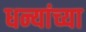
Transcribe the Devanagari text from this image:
धन्यांच्या